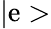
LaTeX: |\mathrm{e}>